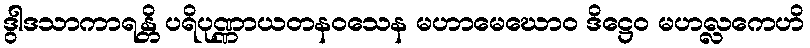
ဒွါဒသာကာရန္တိ ပရိပုဏ္ဏာယတနဝသေန မဟာမေဃောဝ ဒိဋ္ဌေဝ မဟလ္လကေဟိ